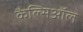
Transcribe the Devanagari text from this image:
कैल्सिऑल